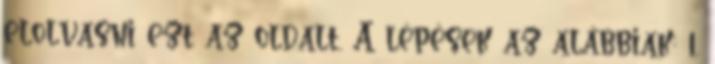
elolvasni ezt az oldalt. A lépések az alábbiak: 1.